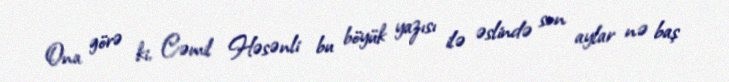
Ona görə ki, Cəmil Həsənli bu böyük yazısı ilə əslində son aylar nə baş